Vaimela_(Pragi)_vallavalitsus, lk 3
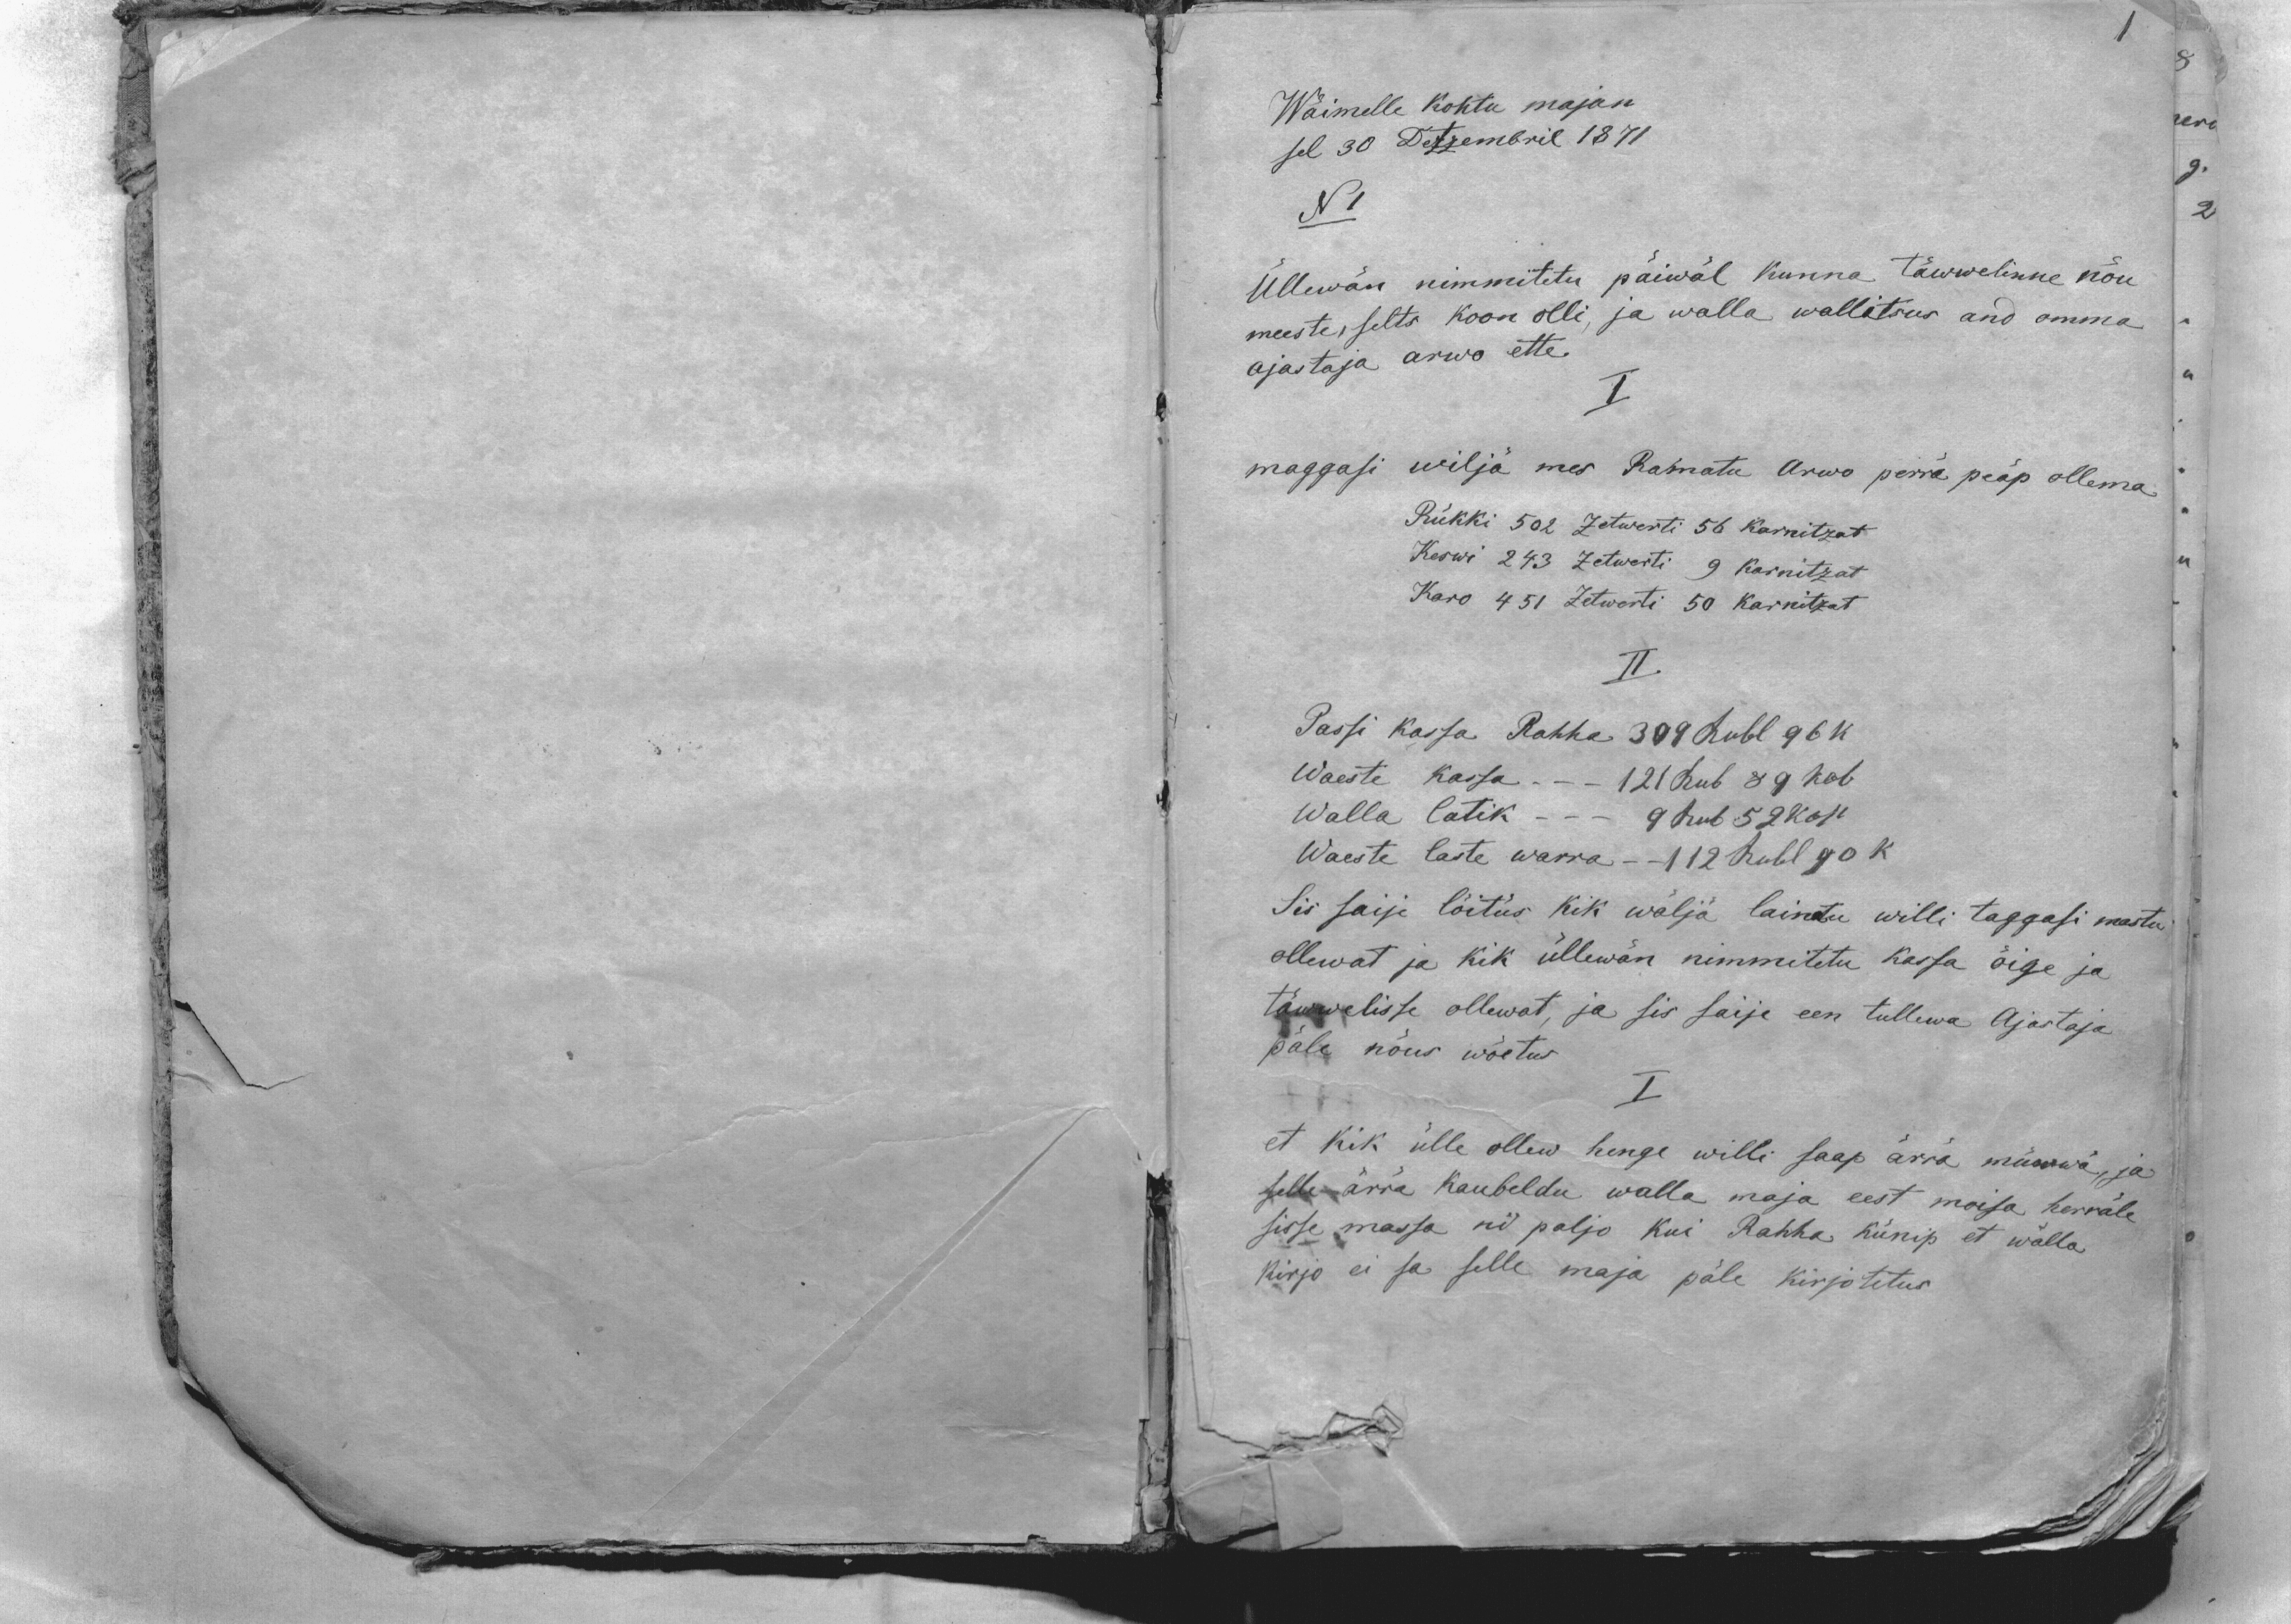
Wäimella kohtu majan
sel 30 Detzembril 1871
N1
Üllewän nimmitetu päiwäl kunna täwwelinne nõu
meeste, selts koon olli, ja walla wallitsus and omma
ajastaja arwo ette.
I
maggasi wiljä mes Ramatu Arwo perra peäp ollema
Rükki 502 Zetwerti 56 karnitzat
Keswi 243 Zetwesti 9 karnitzat
Karo 451 Zetwerti 50 karnitzat
II.
Passi Kassa Rahha 309 Rubl 96 k
Waeste kassa - - - 121 Rub 89 kop
Walla latik - - - 9 Rub 52 kop
Waeste laste warra - 112 Rubl 90 k
Sis saije lõitus kik wälja laintu willi taggasi mastu
ollewat ja Kik üllewän nimmitetu kassa õige ja
täwwelisse ollewat, ja sis saije een tullewa Ajastaja
päle nõus wõetud
I
et Kik ülle ollew hinge willi saap ärra müwwa, ja
selle ärrä kaubeldu walla maja eest moisa herrale
sisse massa nii paljo kui Rahha künip et wõlla
kirjo ei sa selle maja päle kirjotetus